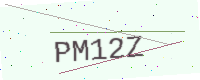
Text: PM12Z